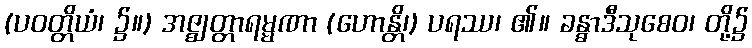
(ပဝတ္တိယံ၊ ၌။) အဇ္ဈတ္တာရမ္မဏာ (ဟောန္တိ၊) ပရဿ၊ ၏။ ခန္ဓာဒီသုစေဝ၊ တို့၌